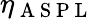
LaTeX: \eta_{\mathrm{~A~S~P~L~}}